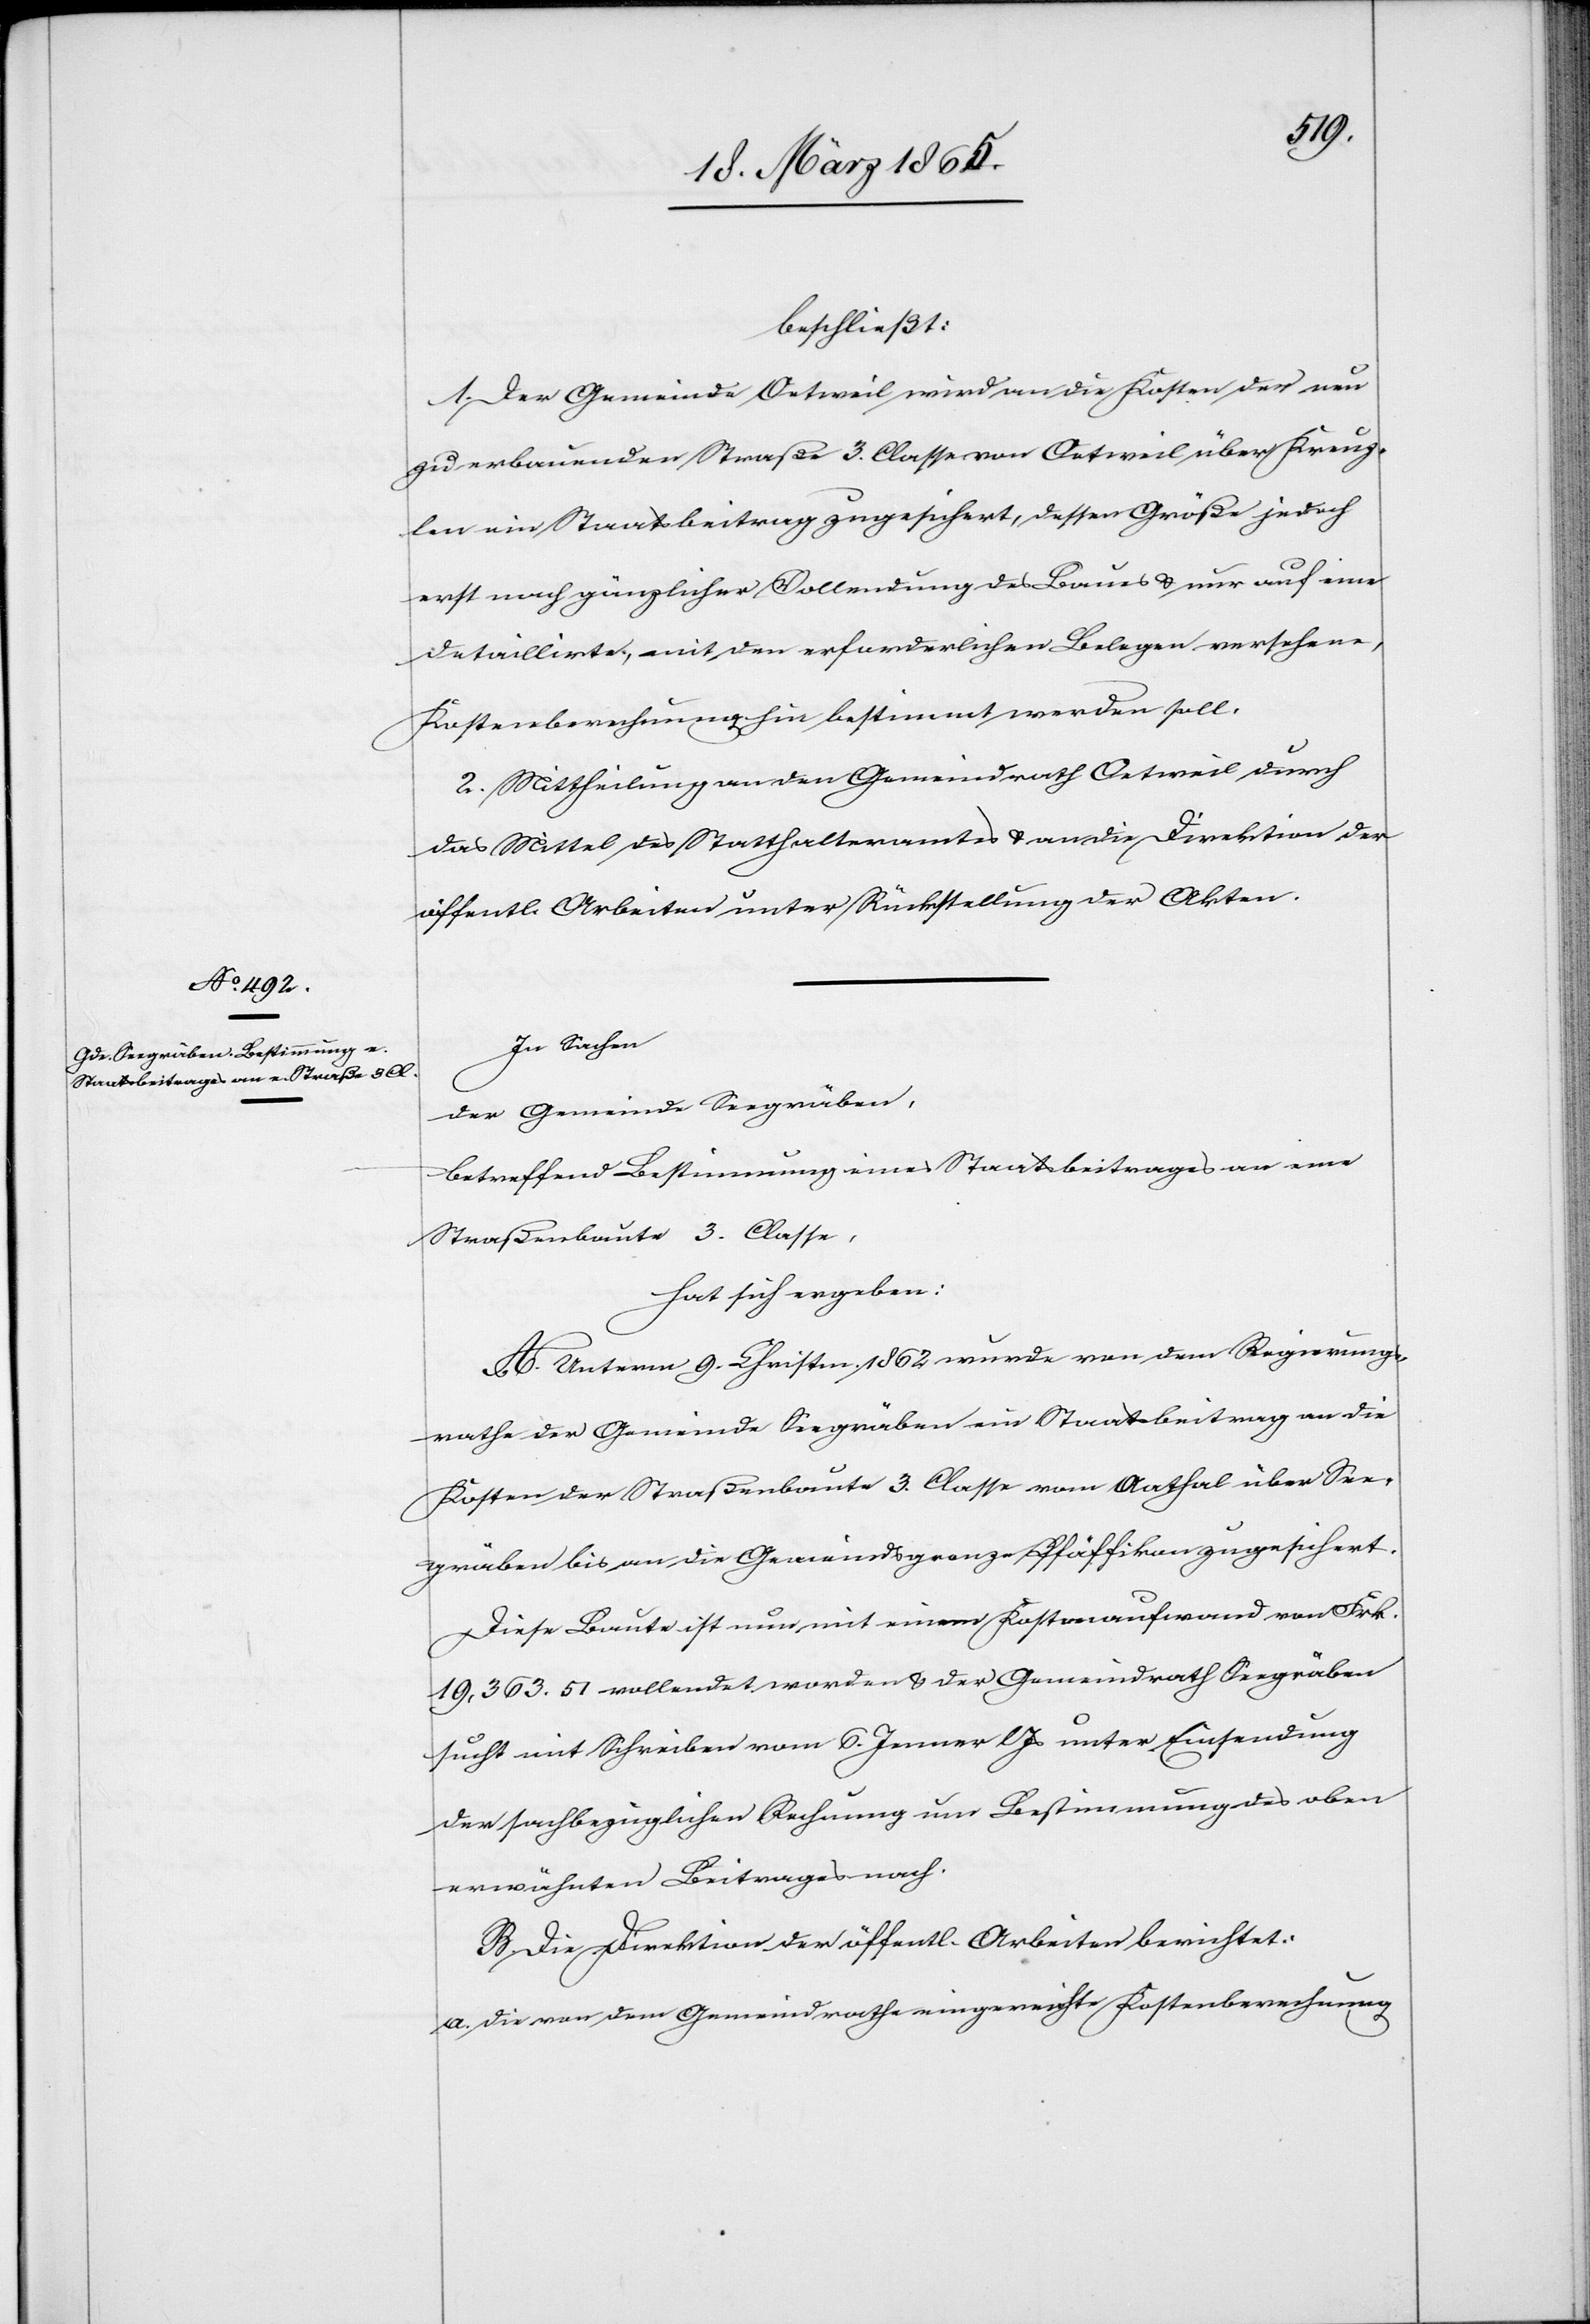
beschließt:
1. Der Gemeinde Oetweil wird an die Kosten der neu
zu erbauenden Straße 3. Classe von Oetweil über Kreuz¬
len ein Staatsbeitrag zugesichert, dessen Größe jedoch
erst noch gänzlicher Vollendung des Baues & nur auf eine
detaillirte, mit den erforderlichen belegen versehene
Kostenberechnung hin bestimmt werden soll.
2. Mittheilung an den Gemeindrath Oetweil durch
das Mittel des Statthalteramtes & an die Direktion der
öffentl. Arbeiten unter Rückstellung der Akten.
In Sachen
der Gemeinde Seegräben,
betreffend Bestimmung eines Staatsbeitrages an eine
Straßenbaute 3. Classe,
hat sich ergeben:
A. Unterm 9. Christm. 1862 wurde von dem Regierungs¬
rathe der Gemeinde Seegräben eine Staatsbeitrag an die
Kosten der Straßenbaute 3. Classe vom Aathal über See¬
gräben bis an die Gemeindsgrenze Pfäffikon zugesichert.
Diese Baute ist nun mit einem Kostenaufwand von Frk.
19,363. 51 vollendet worden & der Gemeindrath Seegräben
sucht mit Schreiben vom 6. Jenner l Js unter Einsendung
der sachbezüglichen Rechnung um Bestimmung des oben
erwähnten Beitrages nach.
B. Die Direktion der öffentl. Arbeiten berichtet:
a. Die von dem Gemeindrathe eingereichte Kostenberechnung